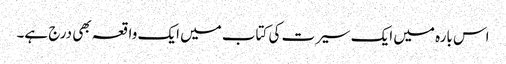
اس بارہ میں ایک سیرت کی کتاب میں ایک واقعہ بھی درج ہے۔